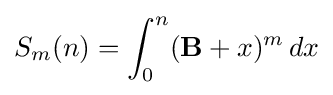
S_{m}(n)=\int _{0}^{n}(\mathbf {B} +x)^{m}\,dx